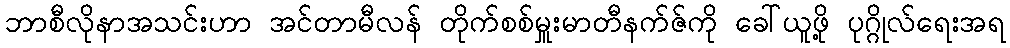
ဘာစီလိုနာအသင်းဟာ အင်တာမီလန် တိုက်စစ်မှူးမာတီနက်ဇ်ကို ခေါ်ယူဖို့ ပုဂ္ဂိုလ်ရေးအရ